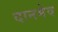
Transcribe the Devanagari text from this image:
दानमेव